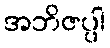
အဘိဇပ္ပါ